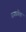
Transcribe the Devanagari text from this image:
रागप्रवेश